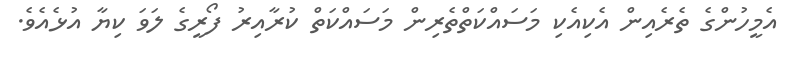
އެމީހުންގެ ތެރެއިން އެކިއެކި މަސައްކަތްތެރިން މަސައްކަތް ކުރާއިރު ފޯރީގެ ލަވަ ކިޔާ އުޅެއެވެ.